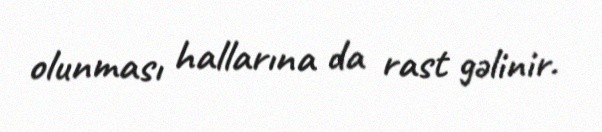
olunması hallarına da rast gəlinir.